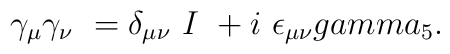
\gamma _\mu \gamma _\nu \ =\delta _{\mu \nu }\ I\ +i \ \epsilon _{\mu\nu }\\gamma _5.